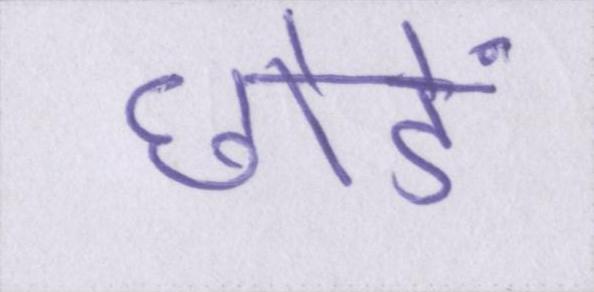
छोडें